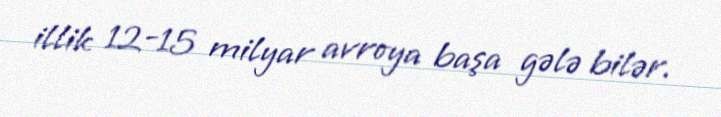
illik 12-15 milyar avroya başa gələ bilər.